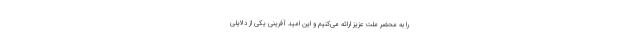
را به محضر ملت عزیز ارائه می‌کنیم و این امید آفرینی یکی از دلایلی